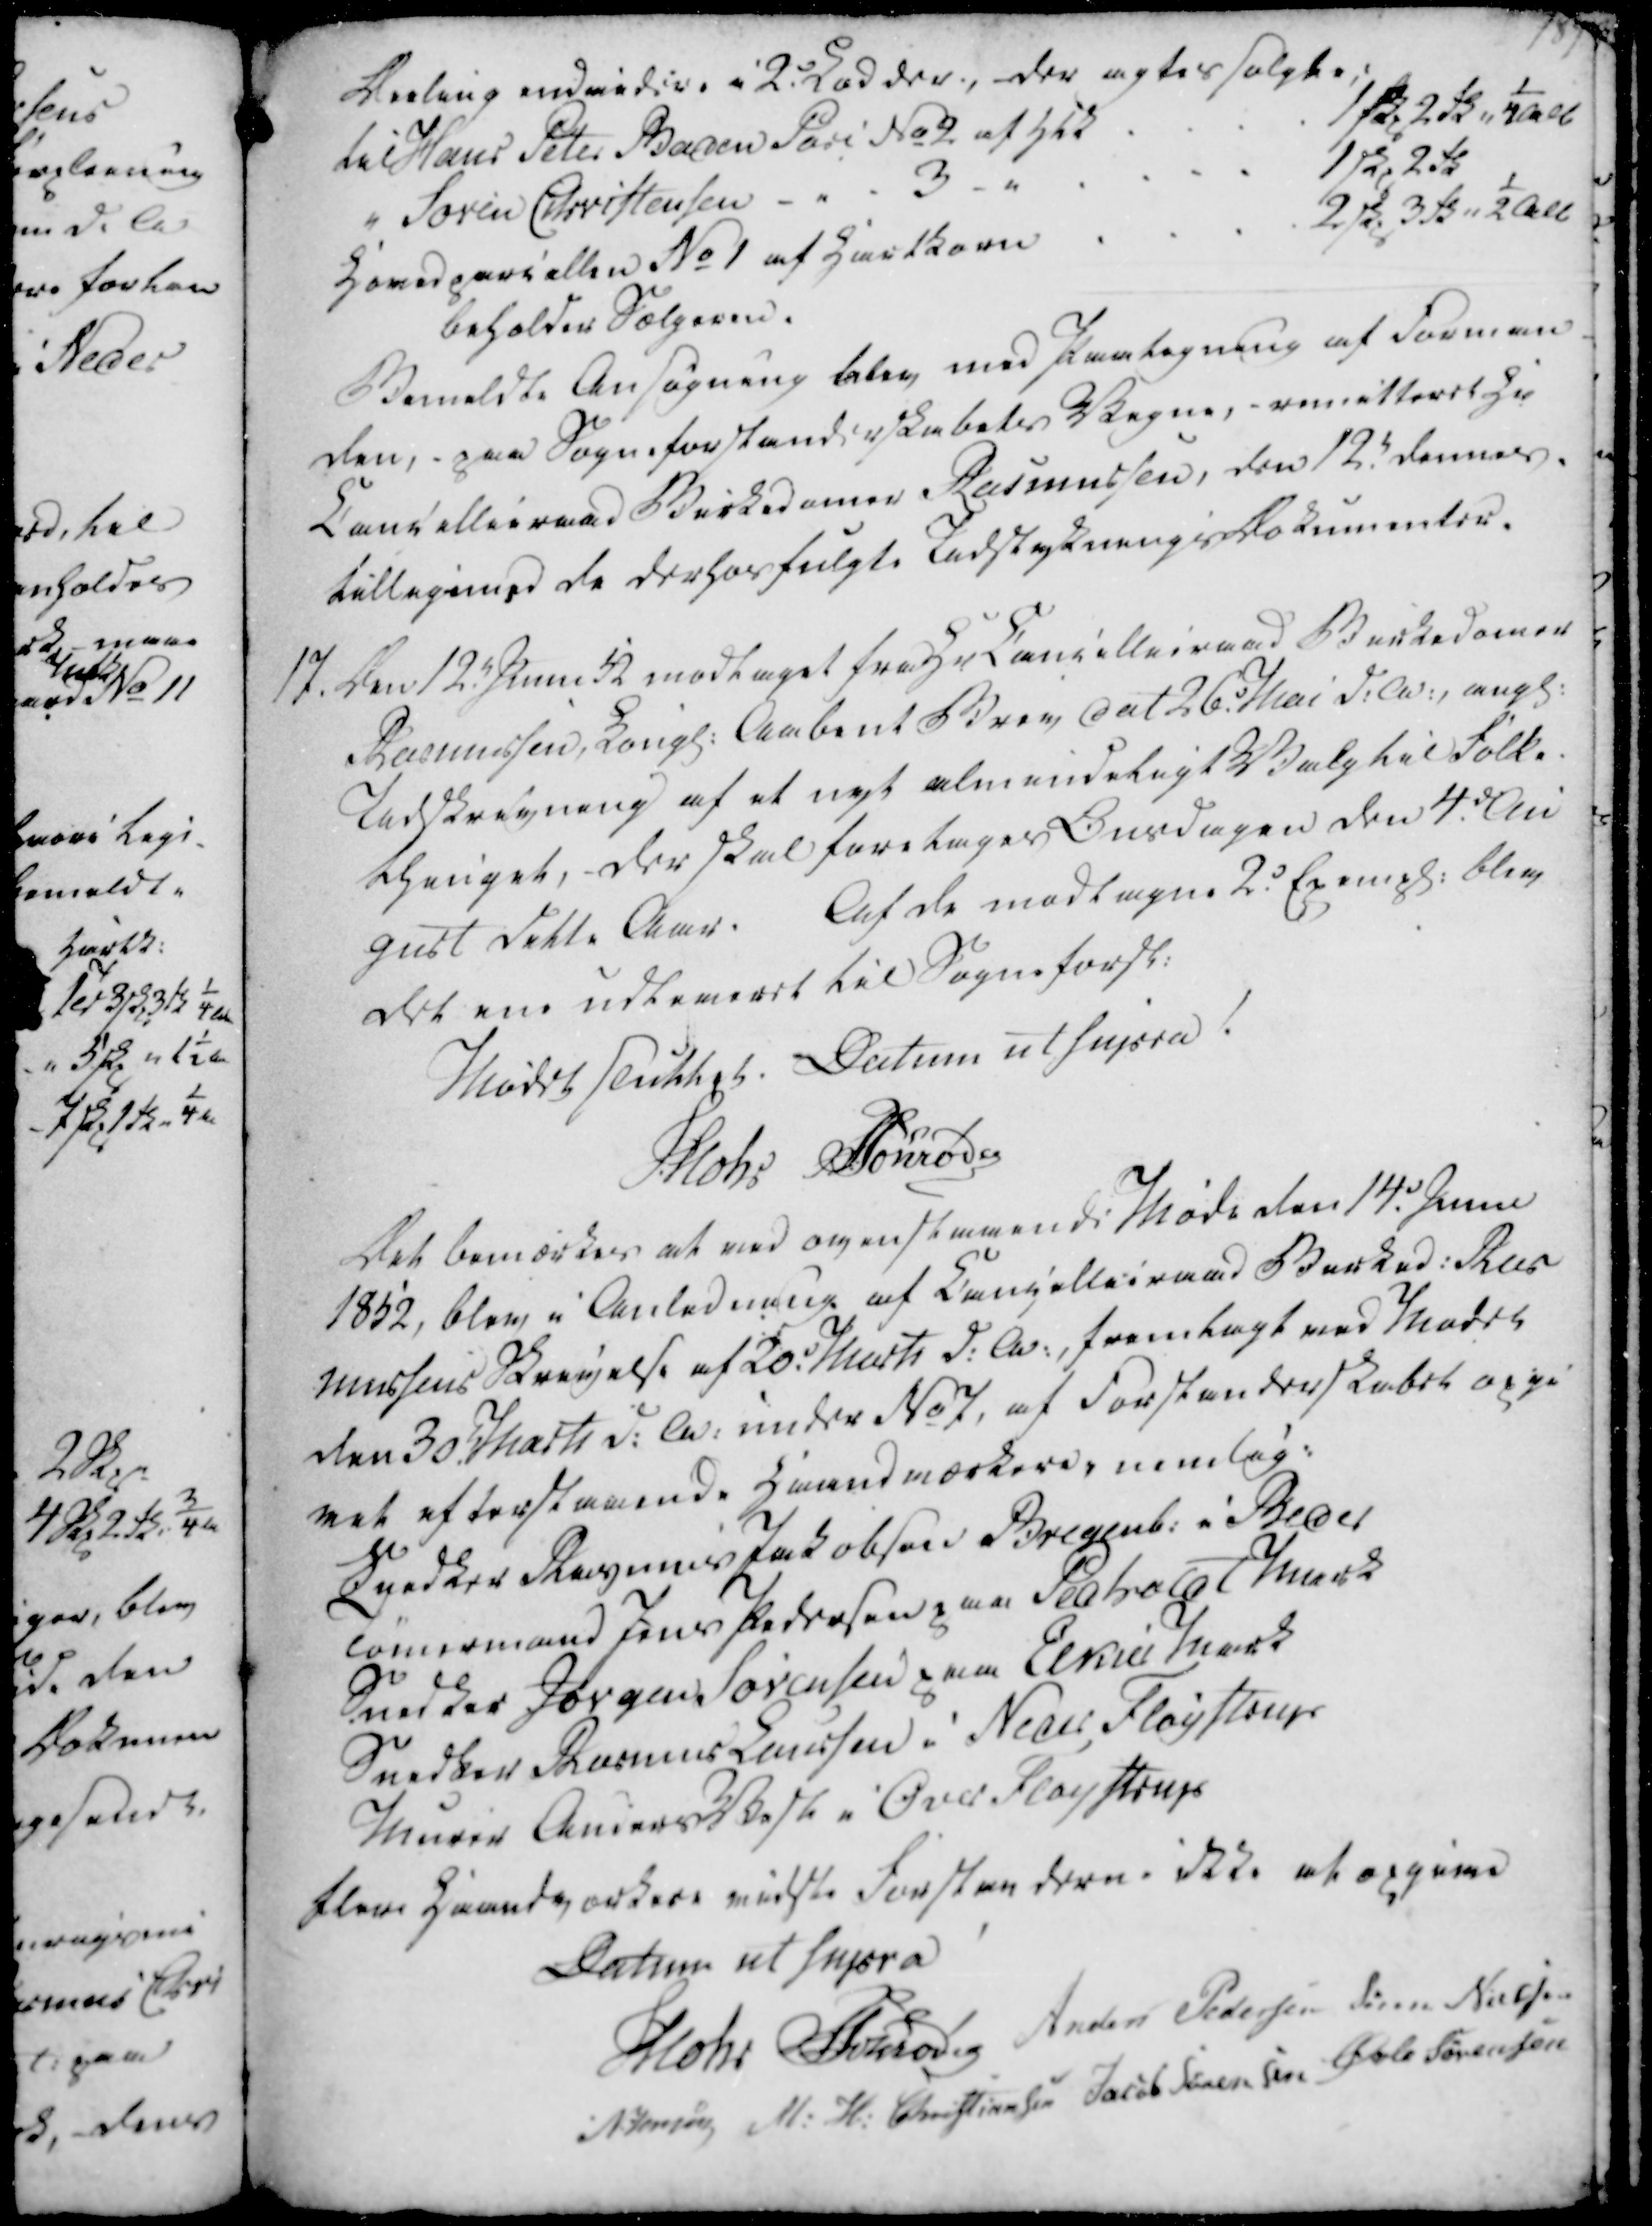
Transskription:
Deeling endvidere i 2 Lodder, der agtes solgte:

til Hans Peter Baden Parc No 2 af Htk

1 skp 2 fk ¼ alb

" Søren Christensen -"- 3 -"

1 skp 2 fk

Hovedparcellen No 1 af Hartkorn

2 skp 3 fk " 2 alb

beholdes Sælgeren.

Bemeldte Ansøgning blev med Paategning af Forman-

den, - paa Sogneforstanderskabets Vegne, remitteret Hr

Cancellieraad Birkedomer Rasmussen, den 12. dennes.

tilligemed de derhosfulgte Indstyknings Dommenter.

17. Den 12. Junii modtaget fra Hr Cancellieraad Birkedomer

Rasmussen, Kongl. Aabent Brev dat 26. Mai d.A. angl.

Udskrivning af et nyt almindeligt Valg til Folke-

thinget, der skal foretages Onsdagen den 4. Au

gust dette Aar.

Af de modtagne 2. Exempl. blev

det ene udleveret til Sogneforst.

Deeling endvidere i 2 Lodder, der agtes solgte:
til Hans Peter Baden Parc No 2 af Htk
1 skp 2 fk ¼ alb
" Søren Christensen -"- 3 -"
1 skp 2 fk
Hovedparcellen No 1 af Hartkorn
2 skp 3 fk " 2 alb
beholdes Sælgeren.
Bemeldte Ansøgning blev med Paategning af Forman-
den, - paa Sogneforstanderskabets Vegne, remitteret Hr
Cancellieraad Birkedomer Rasmussen, den 12. dennes.
tilligemed de derhosfulgte Indstyknings Dommenter.
17. Den 12. Junii modtaget fra Hr Cancellieraad Birkedomer
Rasmussen, Kongl. Aabent Brev dat 26. Mai d.A. angl.
Udskrivning af et nyt almindeligt Valg til Folke-
thinget, der skal foretages Onsdagen den 4. Au
gust dette Aar.
Af de modtagne 2. Exempl. blev
det ene udleveret til Sogneforst.

Mødet sluttet. Datum ut supra

Mohr

Schrøder

Mødet sluttet. Datum ut supra
Mohr
Schrøder

Det bemærkes at ved ovenstaaende Møde den 14. Junii

1852, blev i Anledning af Cancellieraad Birked. Ras

mussens Skrivelse af 20. Marts d.A., fremlagt ved Mødet

den 30. Marts d.A. under No 7, af Forstanderskabet opgi

vet efterstaaende Haandværkere, nemlig:

Snedker Rasmus Jakobsen Bregent. i Beder

Tømermand Jens Pedersen paa Pedholdt Mark

Snedker Jørgen Sørensen paa Elkier Mark

Snedker Rasmus Laursen i Neder Fløystrup

Murer Anders Vest i Over Fløystrup

flere Haandværkere vidste Forstanderne ikke at opgive

Det bemærkes at ved ovenstaaende Møde den 14. Junii
1852, blev i Anledning af Cancellieraad Birked. Ras
mussens Skrivelse af 20. Marts d.A., fremlagt ved Mødet
den 30. Marts d.A. under No 7, af Forstanderskabet opgi
vet efterstaaende Haandværkere, nemlig:
Snedker Rasmus Jakobsen Bregent. i Beder
Tømermand Jens Pedersen paa Pedholdt Mark
Snedker Jørgen Sørensen paa Elkier Mark
Snedker Rasmus Laursen i Neder Fløystrup
Murer Anders Vest i Over Fløystrup
flere Haandværkere vidste Forstanderne ikke at opgive

Datum ut supra

Mohr

Schrøder

Anders Pedersen

Søren Nielsen

N. Jensen

M. H. Christiansen

Jacob Sørensen

Øvle Sørensen

Datum ut supra
Mohr
Schrøder
Anders Pedersen
Søren Nielsen
N. Jensen
M. H. Christiansen
Jacob Sørensen
Øvle Sørensen